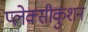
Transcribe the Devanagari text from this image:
प्लेक्सीकुशन